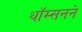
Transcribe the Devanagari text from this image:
थॉम्सनने